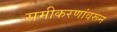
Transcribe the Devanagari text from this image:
समीकरणांवरून